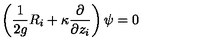
\left( \frac { 1 } { 2 g } R _ { i } + \kappa \frac { \partial } { \partial z _ { i } } \right) \psi = 0